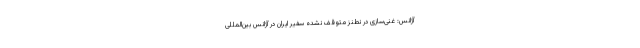
آژانس: غنی‌سازی در نطنز متوقف نشده سفیر ایران در آژانس بین‌المللی